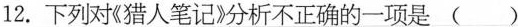
12.下列对《猎人笔记》分析不正确的一项是（）